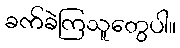
ခက်ခဲကြသူတွေပါ။